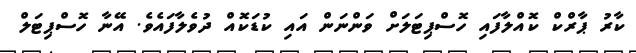
ކާރު ޕާރްކް ކޮއްލާފައި ހޮސްޕިޓަލަށް ވަންނަން އައި ކުޑަކޮއް ދުވެލާފައެވެ. އޭނާ ހޮސްޕިޓަލް